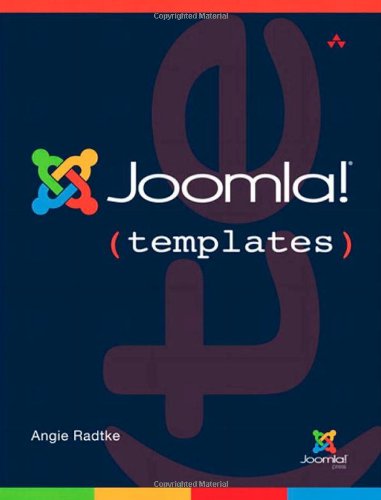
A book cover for Joomla! Templates (Joomla! Press); Angie Radtke; Computers & Technology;